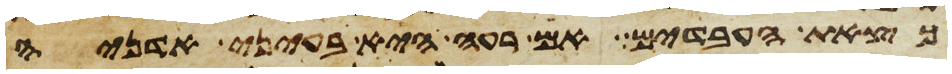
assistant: כצאת העבדים אם רעה היא בעיני אדניה